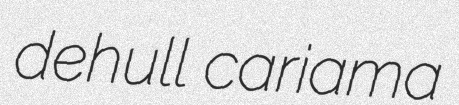
dehull cariama